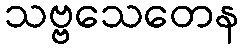
သဗ္ဗသေတေန